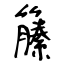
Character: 籘